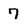
Character: 7